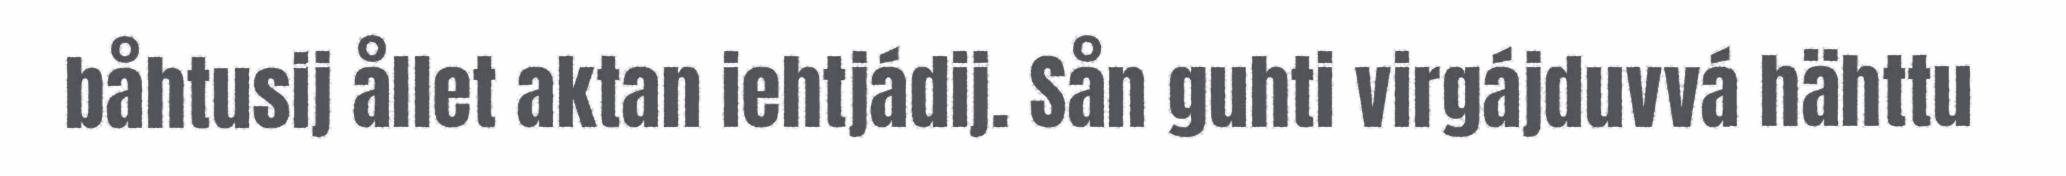
båhtusij ållet aktan iehtjádij. Sån guhti virgájduvvá hähttu